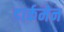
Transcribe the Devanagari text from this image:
डार्कमेन